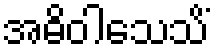
အဓိဝါသေသိံ